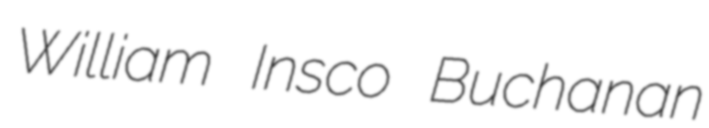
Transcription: William Insco Buchanan